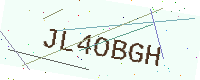
Text: JL4OBGH